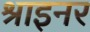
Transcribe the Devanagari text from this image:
श्राइनर